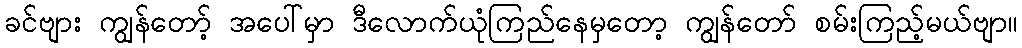
ခင်ဗျား ကျွန်တော့် အပေါ်မှာ ဒီလောက်ယုံကြည်နေမှတော့ ကျွန်တော် စမ်းကြည့်မယ်ဗျာ။